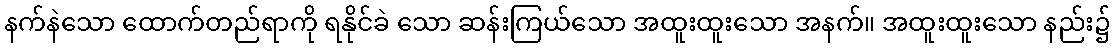
နက်နဲသော ထောက်တည်ရာကို ရနိုင်ခဲ သော ဆန်းကြယ်သော အထူးထူးသော အနက်။ အထူးထူးသော နည်း၌